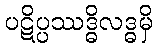
ပဋိပ္ပဿဒ္ဓိလဒ္ဓမှိ